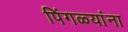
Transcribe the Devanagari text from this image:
पिंगळ्यांना